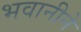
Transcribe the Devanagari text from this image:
भवानीने